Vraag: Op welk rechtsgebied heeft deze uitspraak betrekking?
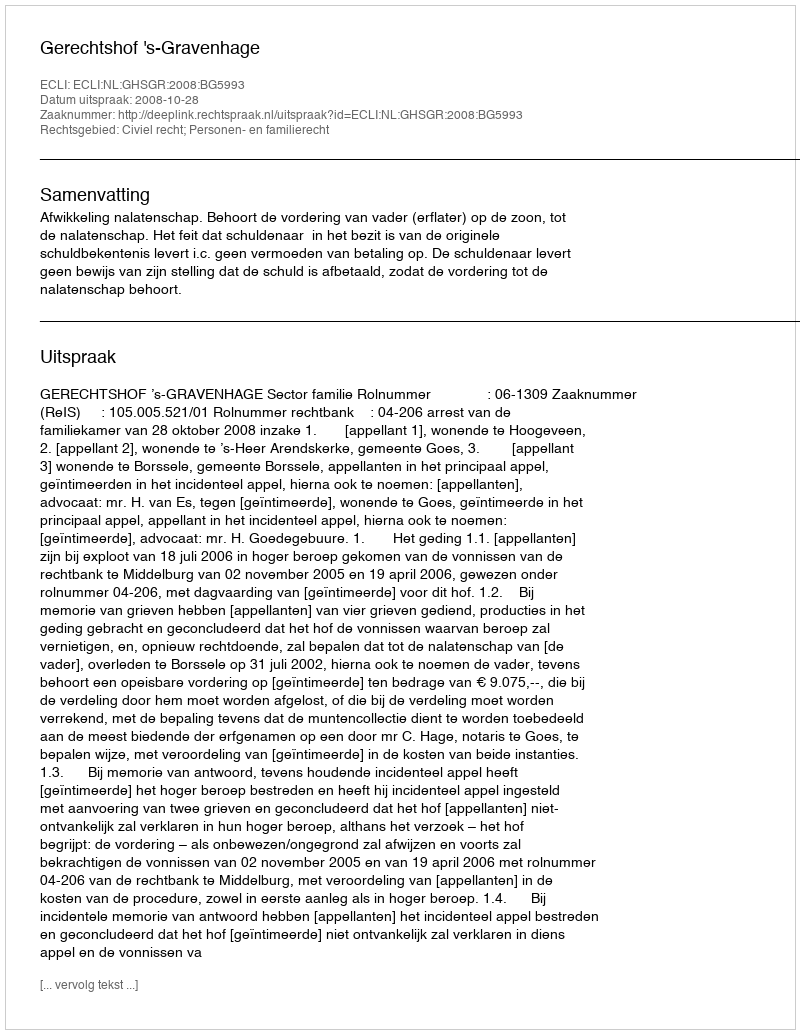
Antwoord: Civiel recht; Personen- en familierecht